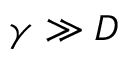
\gamma \gg D